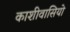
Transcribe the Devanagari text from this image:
काशीवासियो